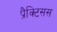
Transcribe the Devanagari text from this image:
प्रैक्टिसस